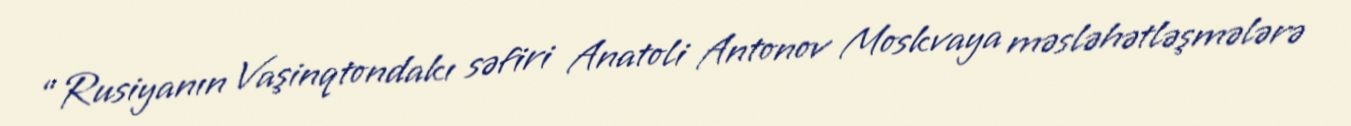
“Rusiyanın Vaşinqtondakı səfiri Anatoli Antonov Moskvaya məsləhətləşmələrə